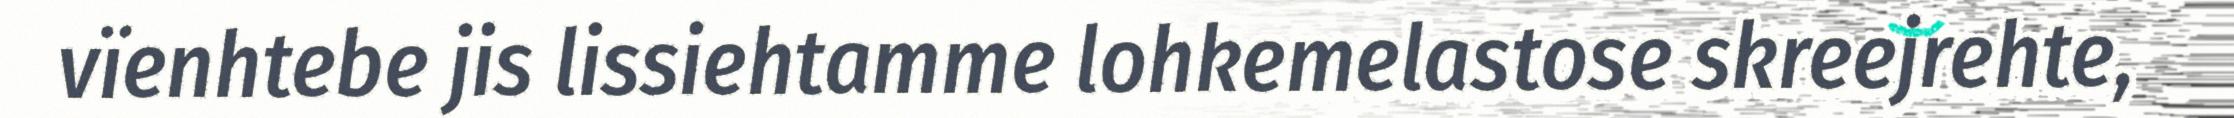
vïenhtebe jis lissiehtamme lohkemelastose skreejrehte,